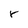
Character: r